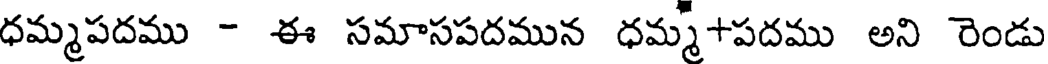
ధమ్మపదము - ఈ సమాసపదమున ధమ్మ+పదము అని రెండు